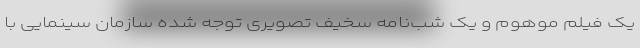
یک فیلم موهوم و یک شب‌نامه سخیف تصویری توجه شده سازمان سینمایی با